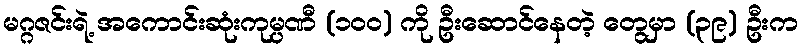
မဂ္ဂဇင်းရဲ့ အကောင်းဆုံးကုမ္ပဏီ (၁ဝဝ) ကို ဦးဆောင်နေတဲ့ တွေမှာ (၃၉) ဦးက